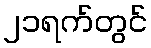
၂၁ရက်တွင်